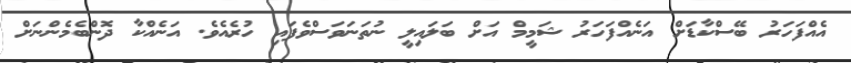
އެއްފަހަރު ބޭސްކާޑަށް އަނެއްފަހަރު ޝަމީމް އަށް ބަލައިލީ ނުތަނަވަސްވެފައި ހުރެއެވެ. އަނެއްކާ ދޮންބެމެންނަށް